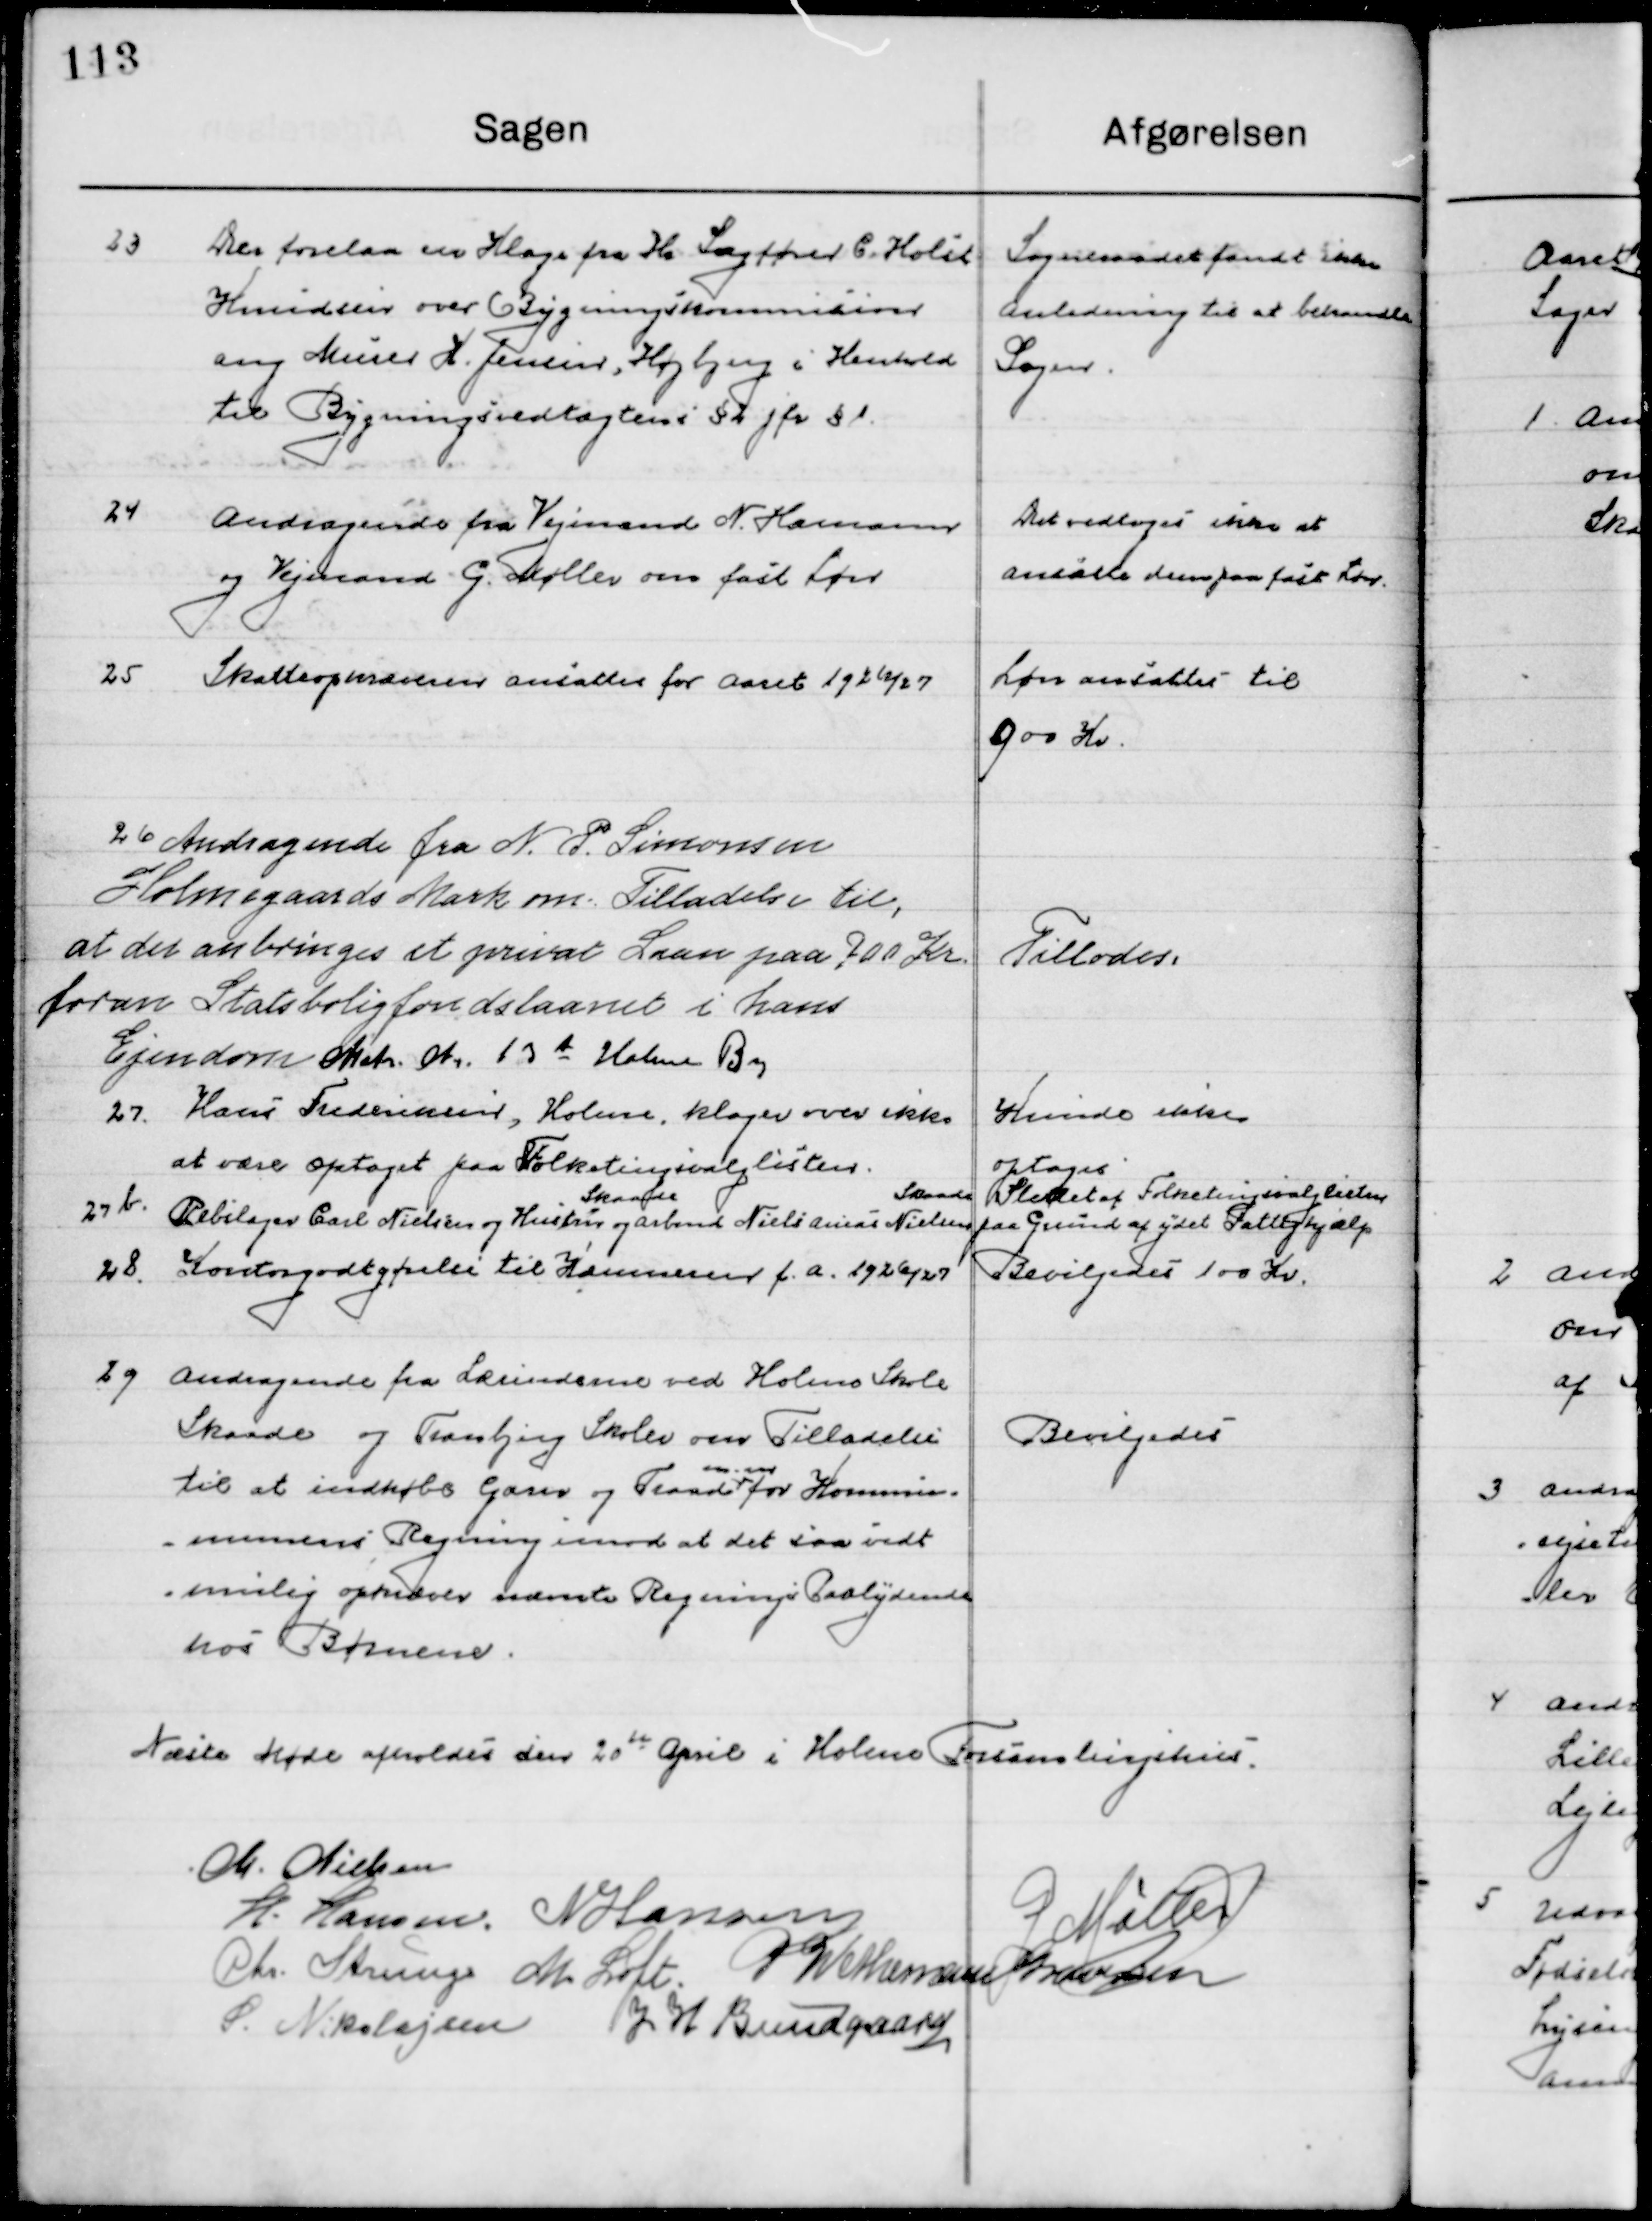
Transskription:
23

Der forelaa en Klage fra Hr. Sagfører C. Holst
Knudsen over Bygnings kommissionen
ang. Murer H. Jensen, Højbjerg i Henholdt 
til bygningsvedtægtens § 2 jfr § 1

Sogneraadet fandt ikke
Anledning til at behandle
Sagen.

24

Andragende fra Vejmand N. Hermansen
og Vejmand G. Møller om fast Løn

Det vedtoges ikke at
Ansætte dem paa fast Løn.

25

Skatteopmændene ansættes for Aaret 1926/27

Løn ansættes til  
900 Kr.

26

Andragende fra N. P. Sørensen
Holmegaards Mark om Tilladelse til,
at der anbringes et privat Laan paa 700 Kr. 
foran Statsboligfonds laanet i hans 
Ejendom Matr. No. 13 b Holme By

Tillodes

27

Hans Frederiksen, Holme klager over ikke
at være optaget paa Folketingsvalglisten

Kunde ikke
optages

27 b

Rebslager Carl Nielsen og Hustru   	
Skaade
og Arbmd. Niels Aimas Nielsen
Skaade

Slettet af Folketingsvalglisten
paa Grund af ydet Skattehjælp

28

Kontogodtgørelse til Kommunen f. a. 1926 / 27

Bevilgedes 100 Kr.

29

Andragende fra Lærerinde ved holme Skole
Skaade og Tranbjerg Skole om Tilladelse
til at indkøbe Garn og Traad om en for Kommu-
nens Regning imod at det saa vidt
mulig opkræves nævnte Regnings Paalydende
hos Børnene.

Bevilgedes

Næste Møde afholdes den 29de April i Holme Forsamlingshus.

M. Nielsen
H. Hansen
N. Hansen
G. Møller
Chr. Strunge
M. Loft
P. Wethemann Graversen
S. Nikolajsen
J. H. Bundgaard